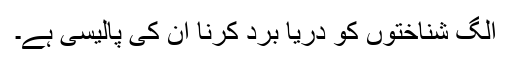
الگ شناختوں کو دریا برد کرنا ان کی پالیسی ہے۔